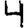
Digit: 4